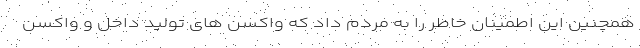
همچنین این اطمینان خاطر را به مردم داد که واکسن های تولید داخل و واکسن